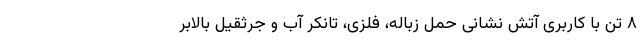
٨ تن با کاربری آتش نشانی حمل زباله، فلزی، تانکر آب و جرثقیل بالابر